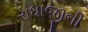
રાધાજીની